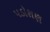
પડોશણ